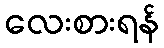
လေးစားရန်